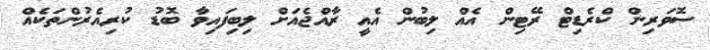
ސޮވަރިން ކްރެޑިޓް ރޭޓިން އެއް ލިބުން އެއީ ރާއްޖެއަށް ލިބިފައިވާ ބޮޑު ކުރިއެރުންތަކެއް